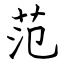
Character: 范